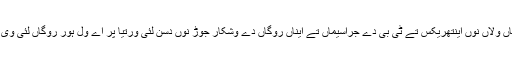
[1] کوخ نے ایناں ولاں نوں اینتھریکس تے ٹی بی دے جراسیماں تے ایناں روگاں دے وشکار جوڑ نوں دسن لئی ورتیا پر اے ول ہور روگاں لئی وی ورتے گۓ نیں۔